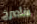
سأصرخ